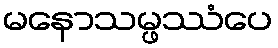
မနောသမ္ဖဿံပေ